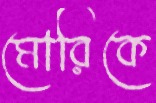
মোরিকে